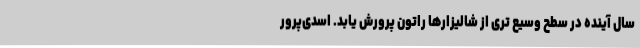
سال آینده در سطح وسیع تری از شالیزارها راتون پرورش یابد. اسدی‌پرور